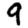
Digit: 9